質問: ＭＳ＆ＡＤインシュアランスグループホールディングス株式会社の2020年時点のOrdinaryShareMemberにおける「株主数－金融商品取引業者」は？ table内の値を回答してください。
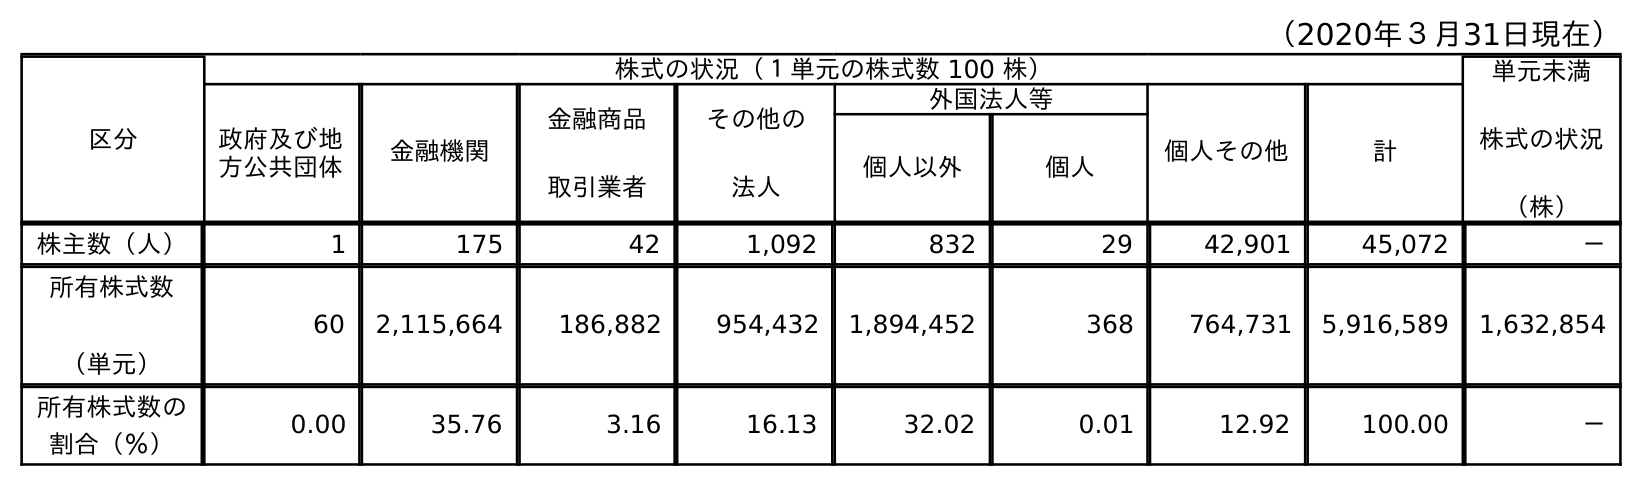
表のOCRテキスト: （2020年３月31日現在） 区分 株式の状況（１単元の株式数 100 株） 単元未満 株式の状況 （株） 政府及び地 方公共団体 金融機関 金融商品 取引業者 その他の 法人 外国法人等 個人その他 計 個人以外 個人 株主数（人） 1 175 42 1,092 832 29 42,901 45,072 － 所有株式数 （単元） 60 2,115,664 186,882 954,432 1,894,452 368 764,731 5,916,589 1,632,854 所有株式数の 割合（％） 0.00 35.76 3.16 16.13 32.02 0.01 12.92 100.00 －
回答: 42